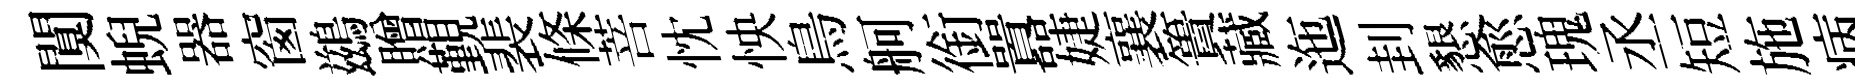
闃蜺器窗鷀贈覲裴條菩忱怏鳥舸銜囂婕襄簣藏迤刲懇愈瑰丞短施病